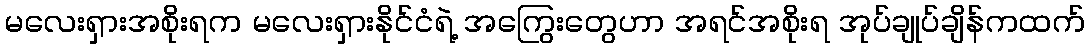
မလေးရှားအစိုးရက မလေးရှားနိုင်ငံရဲ့ အကြွေးတွေဟာ အရင်အစိုးရ အုပ်ချုပ်ချိန်ကထက်